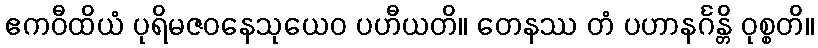
ဧကဝီထိယံ ပုရိမဇဝနေသုယေဝ ပဟီယတိ။ တေနဿ တံ ပဟာနင်္ဂန္တိ ဝုစ္စတိ။